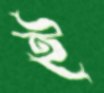
ই